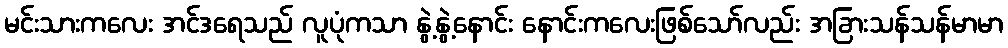
မင်းသားကလေး အင်ဒရေသည် လူပုံကသာ နွဲ့နွဲ့နောင်း နောင်းကလေးဖြစ်သော်လည်း အခြားသန်သန်မာမာ